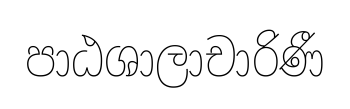
පාඨශාලාචාරිණී